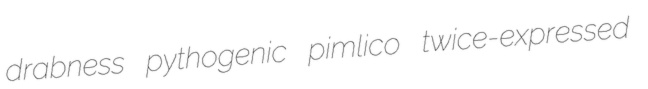
drabness pythogenic pimlico twice-expressed